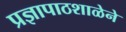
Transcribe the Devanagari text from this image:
प्रज्ञापाठशाळेने